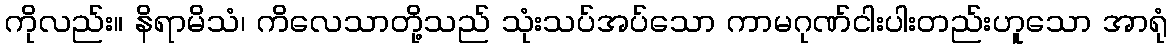
ကိုလည်း။ နိရာမိသံ၊ ကိလေသာတို့သည် သုံးသပ်အပ်သော ကာမဂုဏ်ငါးပါးတည်းဟူသော အာရုံ